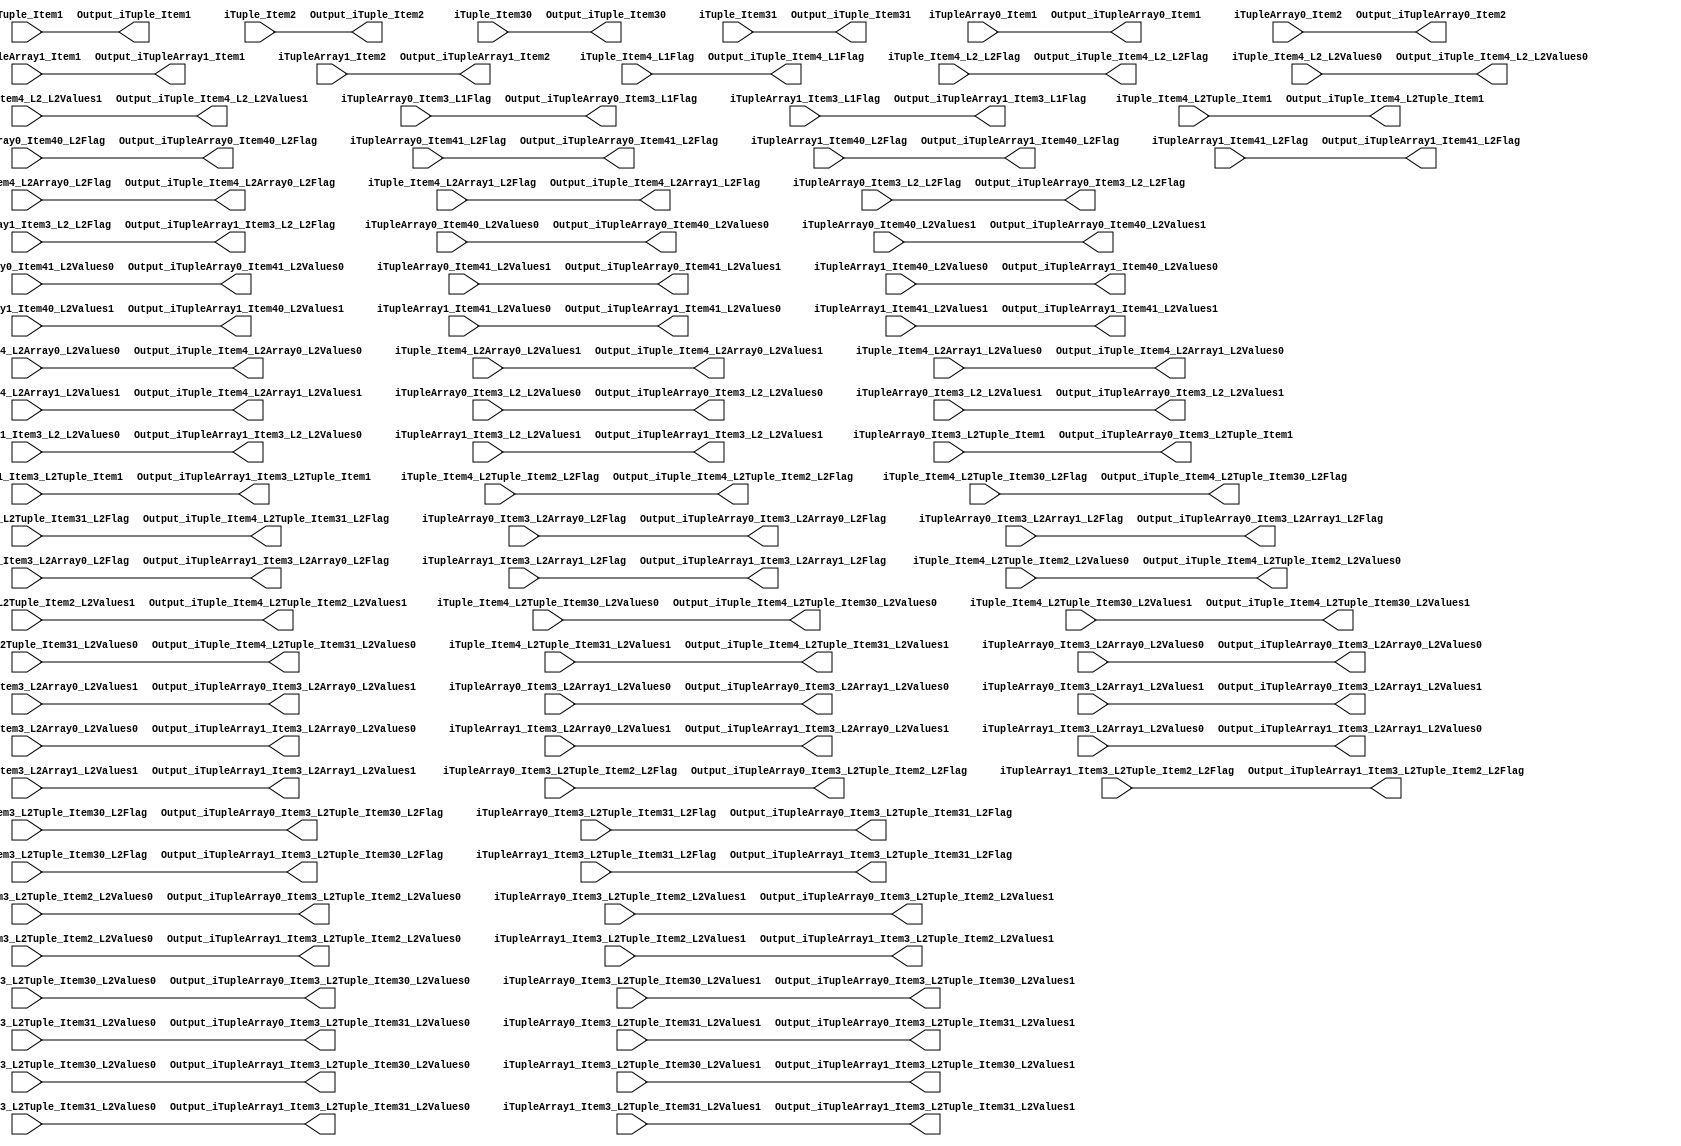
`timescale 1ns/1ps
`default_nettype none
// PLEASE READ THIS, IT MAY SAVE YOU SOME TIME AND MONEY, THANK YOU!
// * This file was generated by Quokka FPGA Toolkit.
// * Generated code is your property, do whatever you want with it
// * Place custom code between [BEGIN USER ***] and [END USER ***].
// * CAUTION: All code outside of [USER] scope is subject to regeneration.
// * Bad things happen sometimes in developer's life,
//   it is recommended to use source control management software (e.g. git, bzr etc) to keep your custom code safe'n'sound.
// * Internal structure of code is subject to change.
//   You can use some of signals in custom code, but most likely they will not exist in future (e.g. will get shorter or gone completely)
// * Please send your feedback, comments, improvement ideas etc. to evmuryshkin@gmail.com
// * Visit https://github.com/EvgenyMuryshkin/QuokkaEvaluation to access latest version of playground
//
// DISCLAIMER:
//   Code comes AS-IS, it is your responsibility to make sure it is working as expected
//   no responsibility will be taken for any loss or damage caused by use of Quokka toolkit.
//
// System configuration name is IOTupleDirectInputComponentsOutputModule_TopLevel, clock frequency is 1Hz, Top-level
// FSM summary
// -- Packages
module IOTupleDirectInputComponentsOutputModule_TopLevel
(
	// [BEGIN USER PORTS]
	// [END USER PORTS]
	input wire iTuple_Item1,
	input wire [7:0] iTuple_Item2,
	input wire [3:0] iTuple_Item30,
	input wire [3:0] iTuple_Item31,
	input wire iTuple_Item4_L1Flag,
	input wire iTuple_Item4_L2_L2Flag,
	input wire iTuple_Item4_L2_L2Values0,
	input wire iTuple_Item4_L2_L2Values1,
	input wire iTuple_Item4_L2Array0_L2Flag,
	input wire [2:0] iTuple_Item4_L2Array0_L2Values0,
	input wire [2:0] iTuple_Item4_L2Array0_L2Values1,
	input wire iTuple_Item4_L2Array1_L2Flag,
	input wire [2:0] iTuple_Item4_L2Array1_L2Values0,
	input wire [2:0] iTuple_Item4_L2Array1_L2Values1,
	input wire [7:0] iTuple_Item4_L2Tuple_Item1,
	input wire iTuple_Item4_L2Tuple_Item2_L2Flag,
	input wire iTuple_Item4_L2Tuple_Item2_L2Values0,
	input wire iTuple_Item4_L2Tuple_Item2_L2Values1,
	input wire iTuple_Item4_L2Tuple_Item30_L2Flag,
	input wire [2:0] iTuple_Item4_L2Tuple_Item30_L2Values0,
	input wire [2:0] iTuple_Item4_L2Tuple_Item30_L2Values1,
	input wire iTuple_Item4_L2Tuple_Item31_L2Flag,
	input wire [2:0] iTuple_Item4_L2Tuple_Item31_L2Values0,
	input wire [2:0] iTuple_Item4_L2Tuple_Item31_L2Values1,
	input wire iTupleArray0_Item1,
	input wire [3:0] iTupleArray0_Item2,
	input wire iTupleArray0_Item3_L1Flag,
	input wire iTupleArray0_Item3_L2_L2Flag,
	input wire iTupleArray0_Item3_L2_L2Values0,
	input wire iTupleArray0_Item3_L2_L2Values1,
	input wire iTupleArray0_Item3_L2Array0_L2Flag,
	input wire [2:0] iTupleArray0_Item3_L2Array0_L2Values0,
	input wire [2:0] iTupleArray0_Item3_L2Array0_L2Values1,
	input wire iTupleArray0_Item3_L2Array1_L2Flag,
	input wire [2:0] iTupleArray0_Item3_L2Array1_L2Values0,
	input wire [2:0] iTupleArray0_Item3_L2Array1_L2Values1,
	input wire [7:0] iTupleArray0_Item3_L2Tuple_Item1,
	input wire iTupleArray0_Item3_L2Tuple_Item2_L2Flag,
	input wire iTupleArray0_Item3_L2Tuple_Item2_L2Values0,
	input wire iTupleArray0_Item3_L2Tuple_Item2_L2Values1,
	input wire iTupleArray0_Item3_L2Tuple_Item30_L2Flag,
	input wire [2:0] iTupleArray0_Item3_L2Tuple_Item30_L2Values0,
	input wire [2:0] iTupleArray0_Item3_L2Tuple_Item30_L2Values1,
	input wire iTupleArray0_Item3_L2Tuple_Item31_L2Flag,
	input wire [2:0] iTupleArray0_Item3_L2Tuple_Item31_L2Values0,
	input wire [2:0] iTupleArray0_Item3_L2Tuple_Item31_L2Values1,
	input wire iTupleArray0_Item40_L2Flag,
	input wire iTupleArray0_Item40_L2Values0,
	input wire iTupleArray0_Item40_L2Values1,
	input wire iTupleArray0_Item41_L2Flag,
	input wire iTupleArray0_Item41_L2Values0,
	input wire iTupleArray0_Item41_L2Values1,
	input wire iTupleArray1_Item1,
	input wire [3:0] iTupleArray1_Item2,
	input wire iTupleArray1_Item3_L1Flag,
	input wire iTupleArray1_Item3_L2_L2Flag,
	input wire iTupleArray1_Item3_L2_L2Values0,
	input wire iTupleArray1_Item3_L2_L2Values1,
	input wire iTupleArray1_Item3_L2Array0_L2Flag,
	input wire [2:0] iTupleArray1_Item3_L2Array0_L2Values0,
	input wire [2:0] iTupleArray1_Item3_L2Array0_L2Values1,
	input wire iTupleArray1_Item3_L2Array1_L2Flag,
	input wire [2:0] iTupleArray1_Item3_L2Array1_L2Values0,
	input wire [2:0] iTupleArray1_Item3_L2Array1_L2Values1,
	input wire [7:0] iTupleArray1_Item3_L2Tuple_Item1,
	input wire iTupleArray1_Item3_L2Tuple_Item2_L2Flag,
	input wire iTupleArray1_Item3_L2Tuple_Item2_L2Values0,
	input wire iTupleArray1_Item3_L2Tuple_Item2_L2Values1,
	input wire iTupleArray1_Item3_L2Tuple_Item30_L2Flag,
	input wire [2:0] iTupleArray1_Item3_L2Tuple_Item30_L2Values0,
	input wire [2:0] iTupleArray1_Item3_L2Tuple_Item30_L2Values1,
	input wire iTupleArray1_Item3_L2Tuple_Item31_L2Flag,
	input wire [2:0] iTupleArray1_Item3_L2Tuple_Item31_L2Values0,
	input wire [2:0] iTupleArray1_Item3_L2Tuple_Item31_L2Values1,
	input wire iTupleArray1_Item40_L2Flag,
	input wire iTupleArray1_Item40_L2Values0,
	input wire iTupleArray1_Item40_L2Values1,
	input wire iTupleArray1_Item41_L2Flag,
	input wire iTupleArray1_Item41_L2Values0,
	input wire iTupleArray1_Item41_L2Values1,
	output wire Output_iTuple_Item1,
	output wire [7:0] Output_iTuple_Item2,
	output wire [3:0] Output_iTuple_Item30,
	output wire [3:0] Output_iTuple_Item31,
	output wire Output_iTuple_Item4_L1Flag,
	output wire Output_iTuple_Item4_L2_L2Flag,
	output wire Output_iTuple_Item4_L2_L2Values0,
	output wire Output_iTuple_Item4_L2_L2Values1,
	output wire Output_iTuple_Item4_L2Array0_L2Flag,
	output wire [2:0] Output_iTuple_Item4_L2Array0_L2Values0,
	output wire [2:0] Output_iTuple_Item4_L2Array0_L2Values1,
	output wire Output_iTuple_Item4_L2Array1_L2Flag,
	output wire [2:0] Output_iTuple_Item4_L2Array1_L2Values0,
	output wire [2:0] Output_iTuple_Item4_L2Array1_L2Values1,
	output wire [7:0] Output_iTuple_Item4_L2Tuple_Item1,
	output wire Output_iTuple_Item4_L2Tuple_Item2_L2Flag,
	output wire Output_iTuple_Item4_L2Tuple_Item2_L2Values0,
	output wire Output_iTuple_Item4_L2Tuple_Item2_L2Values1,
	output wire Output_iTuple_Item4_L2Tuple_Item30_L2Flag,
	output wire [2:0] Output_iTuple_Item4_L2Tuple_Item30_L2Values0,
	output wire [2:0] Output_iTuple_Item4_L2Tuple_Item30_L2Values1,
	output wire Output_iTuple_Item4_L2Tuple_Item31_L2Flag,
	output wire [2:0] Output_iTuple_Item4_L2Tuple_Item31_L2Values0,
	output wire [2:0] Output_iTuple_Item4_L2Tuple_Item31_L2Values1,
	output wire Output_iTupleArray0_Item1,
	output wire [3:0] Output_iTupleArray0_Item2,
	output wire Output_iTupleArray0_Item3_L1Flag,
	output wire Output_iTupleArray0_Item3_L2_L2Flag,
	output wire Output_iTupleArray0_Item3_L2_L2Values0,
	output wire Output_iTupleArray0_Item3_L2_L2Values1,
	output wire Output_iTupleArray0_Item3_L2Array0_L2Flag,
	output wire [2:0] Output_iTupleArray0_Item3_L2Array0_L2Values0,
	output wire [2:0] Output_iTupleArray0_Item3_L2Array0_L2Values1,
	output wire Output_iTupleArray0_Item3_L2Array1_L2Flag,
	output wire [2:0] Output_iTupleArray0_Item3_L2Array1_L2Values0,
	output wire [2:0] Output_iTupleArray0_Item3_L2Array1_L2Values1,
	output wire [7:0] Output_iTupleArray0_Item3_L2Tuple_Item1,
	output wire Output_iTupleArray0_Item3_L2Tuple_Item2_L2Flag,
	output wire Output_iTupleArray0_Item3_L2Tuple_Item2_L2Values0,
	output wire Output_iTupleArray0_Item3_L2Tuple_Item2_L2Values1,
	output wire Output_iTupleArray0_Item3_L2Tuple_Item30_L2Flag,
	output wire [2:0] Output_iTupleArray0_Item3_L2Tuple_Item30_L2Values0,
	output wire [2:0] Output_iTupleArray0_Item3_L2Tuple_Item30_L2Values1,
	output wire Output_iTupleArray0_Item3_L2Tuple_Item31_L2Flag,
	output wire [2:0] Output_iTupleArray0_Item3_L2Tuple_Item31_L2Values0,
	output wire [2:0] Output_iTupleArray0_Item3_L2Tuple_Item31_L2Values1,
	output wire Output_iTupleArray0_Item40_L2Flag,
	output wire Output_iTupleArray0_Item40_L2Values0,
	output wire Output_iTupleArray0_Item40_L2Values1,
	output wire Output_iTupleArray0_Item41_L2Flag,
	output wire Output_iTupleArray0_Item41_L2Values0,
	output wire Output_iTupleArray0_Item41_L2Values1,
	output wire Output_iTupleArray1_Item1,
	output wire [3:0] Output_iTupleArray1_Item2,
	output wire Output_iTupleArray1_Item3_L1Flag,
	output wire Output_iTupleArray1_Item3_L2_L2Flag,
	output wire Output_iTupleArray1_Item3_L2_L2Values0,
	output wire Output_iTupleArray1_Item3_L2_L2Values1,
	output wire Output_iTupleArray1_Item3_L2Array0_L2Flag,
	output wire [2:0] Output_iTupleArray1_Item3_L2Array0_L2Values0,
	output wire [2:0] Output_iTupleArray1_Item3_L2Array0_L2Values1,
	output wire Output_iTupleArray1_Item3_L2Array1_L2Flag,
	output wire [2:0] Output_iTupleArray1_Item3_L2Array1_L2Values0,
	output wire [2:0] Output_iTupleArray1_Item3_L2Array1_L2Values1,
	output wire [7:0] Output_iTupleArray1_Item3_L2Tuple_Item1,
	output wire Output_iTupleArray1_Item3_L2Tuple_Item2_L2Flag,
	output wire Output_iTupleArray1_Item3_L2Tuple_Item2_L2Values0,
	output wire Output_iTupleArray1_Item3_L2Tuple_Item2_L2Values1,
	output wire Output_iTupleArray1_Item3_L2Tuple_Item30_L2Flag,
	output wire [2:0] Output_iTupleArray1_Item3_L2Tuple_Item30_L2Values0,
	output wire [2:0] Output_iTupleArray1_Item3_L2Tuple_Item30_L2Values1,
	output wire Output_iTupleArray1_Item3_L2Tuple_Item31_L2Flag,
	output wire [2:0] Output_iTupleArray1_Item3_L2Tuple_Item31_L2Values0,
	output wire [2:0] Output_iTupleArray1_Item3_L2Tuple_Item31_L2Values1,
	output wire Output_iTupleArray1_Item40_L2Flag,
	output wire Output_iTupleArray1_Item40_L2Values0,
	output wire Output_iTupleArray1_Item40_L2Values1,
	output wire Output_iTupleArray1_Item41_L2Flag,
	output wire Output_iTupleArray1_Item41_L2Values0,
	output wire Output_iTupleArray1_Item41_L2Values1
);
	// [BEGIN USER SIGNALS]
	// [END USER SIGNALS]
	localparam HiSignal = 1'b1;
	localparam LoSignal = 1'b0;
	wire Zero = 1'b0;
	wire One = 1'b1;
	wire true = 1'b1;
	wire false = 1'b0;
	wire Inputs_iTuple_Item1;
	wire [7: 0] Inputs_iTuple_Item2;
	wire Inputs_iTuple_Item4_L1Flag;
	wire Inputs_iTuple_Item4_L2_L2Flag;
	wire [7: 0] Inputs_iTuple_Item4_L2Tuple_Item1;
	wire Inputs_iTuple_Item4_L2Tuple_Item2_L2Flag;
	wire [59: 0] IOTupleDirectInputComponentsOutputModule_L9F30T43_Tuple;
	wire [3 : 0] Inputs_iTuple_Item3 [0 : 1];
	wire Inputs_iTuple_Item4_L2_L2Values [0 : 1];
	wire [6 : 0] Inputs_iTuple_Item4_L2Array [0 : 1];
	wire Inputs_iTuple_Item4_L2Tuple_Item2_L2Values [0 : 1];
	wire [6 : 0] Inputs_iTuple_Item4_L2Tuple_Item3 [0 : 1];
	wire [53 : 0] Inputs_iTupleArray [0 : 1];
	assign Inputs_iTuple_Item1 = iTuple_Item1;
	assign Inputs_iTuple_Item2 = iTuple_Item2;
	assign Inputs_iTuple_Item3[0] = iTuple_Item30;
	assign Inputs_iTuple_Item3[1] = iTuple_Item31;
	assign Inputs_iTuple_Item4_L1Flag = iTuple_Item4_L1Flag;
	assign Inputs_iTuple_Item4_L2_L2Flag = iTuple_Item4_L2_L2Flag;
	assign Inputs_iTuple_Item4_L2_L2Values[0] = iTuple_Item4_L2_L2Values0;
	assign Inputs_iTuple_Item4_L2_L2Values[1] = iTuple_Item4_L2_L2Values1;
	assign Inputs_iTuple_Item4_L2Array[0][6:4] = iTuple_Item4_L2Array0_L2Values1;
	assign Inputs_iTuple_Item4_L2Array[0][3:1] = iTuple_Item4_L2Array0_L2Values0;
	assign Inputs_iTuple_Item4_L2Array[0][0] = iTuple_Item4_L2Array0_L2Flag;
	assign Inputs_iTuple_Item4_L2Array[1][6:4] = iTuple_Item4_L2Array1_L2Values1;
	assign Inputs_iTuple_Item4_L2Array[1][3:1] = iTuple_Item4_L2Array1_L2Values0;
	assign Inputs_iTuple_Item4_L2Array[1][0] = iTuple_Item4_L2Array1_L2Flag;
	assign Inputs_iTuple_Item4_L2Tuple_Item1 = iTuple_Item4_L2Tuple_Item1;
	assign Inputs_iTuple_Item4_L2Tuple_Item2_L2Flag = iTuple_Item4_L2Tuple_Item2_L2Flag;
	assign Inputs_iTuple_Item4_L2Tuple_Item2_L2Values[0] = iTuple_Item4_L2Tuple_Item2_L2Values0;
	assign Inputs_iTuple_Item4_L2Tuple_Item2_L2Values[1] = iTuple_Item4_L2Tuple_Item2_L2Values1;
	assign Inputs_iTuple_Item4_L2Tuple_Item3[0][6:4] = iTuple_Item4_L2Tuple_Item30_L2Values1;
	assign Inputs_iTuple_Item4_L2Tuple_Item3[0][3:1] = iTuple_Item4_L2Tuple_Item30_L2Values0;
	assign Inputs_iTuple_Item4_L2Tuple_Item3[0][0] = iTuple_Item4_L2Tuple_Item30_L2Flag;
	assign Inputs_iTuple_Item4_L2Tuple_Item3[1][6:4] = iTuple_Item4_L2Tuple_Item31_L2Values1;
	assign Inputs_iTuple_Item4_L2Tuple_Item3[1][3:1] = iTuple_Item4_L2Tuple_Item31_L2Values0;
	assign Inputs_iTuple_Item4_L2Tuple_Item3[1][0] = iTuple_Item4_L2Tuple_Item31_L2Flag;
	assign Inputs_iTupleArray[0][53] = iTupleArray0_Item1;
	assign Inputs_iTupleArray[0][52:49] = iTupleArray0_Item2;
	assign Inputs_iTupleArray[0][48:41] = iTupleArray0_Item3_L2Tuple_Item1;
	assign Inputs_iTupleArray[0][40] = iTupleArray0_Item3_L2Tuple_Item2_L2Values1;
	assign Inputs_iTupleArray[0][39] = iTupleArray0_Item3_L2Tuple_Item2_L2Values0;
	assign Inputs_iTupleArray[0][38] = iTupleArray0_Item3_L2Tuple_Item2_L2Flag;
	assign Inputs_iTupleArray[0][37:35] = iTupleArray0_Item3_L2Tuple_Item31_L2Values1;
	assign Inputs_iTupleArray[0][34:32] = iTupleArray0_Item3_L2Tuple_Item31_L2Values0;
	assign Inputs_iTupleArray[0][31] = iTupleArray0_Item3_L2Tuple_Item31_L2Flag;
	assign Inputs_iTupleArray[0][30:28] = iTupleArray0_Item3_L2Tuple_Item30_L2Values1;
	assign Inputs_iTupleArray[0][27:25] = iTupleArray0_Item3_L2Tuple_Item30_L2Values0;
	assign Inputs_iTupleArray[0][24] = iTupleArray0_Item3_L2Tuple_Item30_L2Flag;
	assign Inputs_iTupleArray[0][23:21] = iTupleArray0_Item3_L2Array1_L2Values1;
	assign Inputs_iTupleArray[0][20:18] = iTupleArray0_Item3_L2Array1_L2Values0;
	assign Inputs_iTupleArray[0][17] = iTupleArray0_Item3_L2Array1_L2Flag;
	assign Inputs_iTupleArray[0][16:14] = iTupleArray0_Item3_L2Array0_L2Values1;
	assign Inputs_iTupleArray[0][13:11] = iTupleArray0_Item3_L2Array0_L2Values0;
	assign Inputs_iTupleArray[0][10] = iTupleArray0_Item3_L2Array0_L2Flag;
	assign Inputs_iTupleArray[0][9] = iTupleArray0_Item3_L2_L2Values1;
	assign Inputs_iTupleArray[0][8] = iTupleArray0_Item3_L2_L2Values0;
	assign Inputs_iTupleArray[0][7] = iTupleArray0_Item3_L2_L2Flag;
	assign Inputs_iTupleArray[0][6] = iTupleArray0_Item3_L1Flag;
	assign Inputs_iTupleArray[0][5] = iTupleArray0_Item41_L2Values1;
	assign Inputs_iTupleArray[0][4] = iTupleArray0_Item41_L2Values0;
	assign Inputs_iTupleArray[0][3] = iTupleArray0_Item41_L2Flag;
	assign Inputs_iTupleArray[0][2] = iTupleArray0_Item40_L2Values1;
	assign Inputs_iTupleArray[0][1] = iTupleArray0_Item40_L2Values0;
	assign Inputs_iTupleArray[0][0] = iTupleArray0_Item40_L2Flag;
	assign Inputs_iTupleArray[1][53] = iTupleArray1_Item1;
	assign Inputs_iTupleArray[1][52:49] = iTupleArray1_Item2;
	assign Inputs_iTupleArray[1][48:41] = iTupleArray1_Item3_L2Tuple_Item1;
	assign Inputs_iTupleArray[1][40] = iTupleArray1_Item3_L2Tuple_Item2_L2Values1;
	assign Inputs_iTupleArray[1][39] = iTupleArray1_Item3_L2Tuple_Item2_L2Values0;
	assign Inputs_iTupleArray[1][38] = iTupleArray1_Item3_L2Tuple_Item2_L2Flag;
	assign Inputs_iTupleArray[1][37:35] = iTupleArray1_Item3_L2Tuple_Item31_L2Values1;
	assign Inputs_iTupleArray[1][34:32] = iTupleArray1_Item3_L2Tuple_Item31_L2Values0;
	assign Inputs_iTupleArray[1][31] = iTupleArray1_Item3_L2Tuple_Item31_L2Flag;
	assign Inputs_iTupleArray[1][30:28] = iTupleArray1_Item3_L2Tuple_Item30_L2Values1;
	assign Inputs_iTupleArray[1][27:25] = iTupleArray1_Item3_L2Tuple_Item30_L2Values0;
	assign Inputs_iTupleArray[1][24] = iTupleArray1_Item3_L2Tuple_Item30_L2Flag;
	assign Inputs_iTupleArray[1][23:21] = iTupleArray1_Item3_L2Array1_L2Values1;
	assign Inputs_iTupleArray[1][20:18] = iTupleArray1_Item3_L2Array1_L2Values0;
	assign Inputs_iTupleArray[1][17] = iTupleArray1_Item3_L2Array1_L2Flag;
	assign Inputs_iTupleArray[1][16:14] = iTupleArray1_Item3_L2Array0_L2Values1;
	assign Inputs_iTupleArray[1][13:11] = iTupleArray1_Item3_L2Array0_L2Values0;
	assign Inputs_iTupleArray[1][10] = iTupleArray1_Item3_L2Array0_L2Flag;
	assign Inputs_iTupleArray[1][9] = iTupleArray1_Item3_L2_L2Values1;
	assign Inputs_iTupleArray[1][8] = iTupleArray1_Item3_L2_L2Values0;
	assign Inputs_iTupleArray[1][7] = iTupleArray1_Item3_L2_L2Flag;
	assign Inputs_iTupleArray[1][6] = iTupleArray1_Item3_L1Flag;
	assign Inputs_iTupleArray[1][5] = iTupleArray1_Item41_L2Values1;
	assign Inputs_iTupleArray[1][4] = iTupleArray1_Item41_L2Values0;
	assign Inputs_iTupleArray[1][3] = iTupleArray1_Item41_L2Flag;
	assign Inputs_iTupleArray[1][2] = iTupleArray1_Item40_L2Values1;
	assign Inputs_iTupleArray[1][1] = iTupleArray1_Item40_L2Values0;
	assign Inputs_iTupleArray[1][0] = iTupleArray1_Item40_L2Flag;
	assign IOTupleDirectInputComponentsOutputModule_L9F30T43_Tuple = {
		Inputs_iTuple_Item1,
		Inputs_iTuple_Item2,
		Inputs_iTuple_Item3[1],
		Inputs_iTuple_Item3[0],
		Inputs_iTuple_Item4_L2Tuple_Item1,
		Inputs_iTuple_Item4_L2Tuple_Item2_L2Values[1],
		Inputs_iTuple_Item4_L2Tuple_Item2_L2Values[0],
		Inputs_iTuple_Item4_L2Tuple_Item2_L2Flag,
		Inputs_iTuple_Item4_L2Tuple_Item3[1],
		Inputs_iTuple_Item4_L2Tuple_Item3[0],
		Inputs_iTuple_Item4_L2Array[1],
		Inputs_iTuple_Item4_L2Array[0],
		Inputs_iTuple_Item4_L2_L2Values[1],
		Inputs_iTuple_Item4_L2_L2Values[0],
		Inputs_iTuple_Item4_L2_L2Flag,
		Inputs_iTuple_Item4_L1Flag
	}
	;
	assign Output_iTuple_Item1 = IOTupleDirectInputComponentsOutputModule_L9F30T43_Tuple[59];
	assign Output_iTuple_Item2 = IOTupleDirectInputComponentsOutputModule_L9F30T43_Tuple[58:51];
	assign Output_iTuple_Item31 = IOTupleDirectInputComponentsOutputModule_L9F30T43_Tuple[50:47];
	assign Output_iTuple_Item30 = IOTupleDirectInputComponentsOutputModule_L9F30T43_Tuple[46:43];
	assign Output_iTuple_Item4_L2Tuple_Item1 = IOTupleDirectInputComponentsOutputModule_L9F30T43_Tuple[42:35];
	assign Output_iTuple_Item4_L2Tuple_Item2_L2Values1 = IOTupleDirectInputComponentsOutputModule_L9F30T43_Tuple[34];
	assign Output_iTuple_Item4_L2Tuple_Item2_L2Values0 = IOTupleDirectInputComponentsOutputModule_L9F30T43_Tuple[33];
	assign Output_iTuple_Item4_L2Tuple_Item2_L2Flag = IOTupleDirectInputComponentsOutputModule_L9F30T43_Tuple[32];
	assign Output_iTuple_Item4_L2Tuple_Item31_L2Values1 = IOTupleDirectInputComponentsOutputModule_L9F30T43_Tuple[31:29];
	assign Output_iTuple_Item4_L2Tuple_Item31_L2Values0 = IOTupleDirectInputComponentsOutputModule_L9F30T43_Tuple[28:26];
	assign Output_iTuple_Item4_L2Tuple_Item31_L2Flag = IOTupleDirectInputComponentsOutputModule_L9F30T43_Tuple[25];
	assign Output_iTuple_Item4_L2Tuple_Item30_L2Values1 = IOTupleDirectInputComponentsOutputModule_L9F30T43_Tuple[24:22];
	assign Output_iTuple_Item4_L2Tuple_Item30_L2Values0 = IOTupleDirectInputComponentsOutputModule_L9F30T43_Tuple[21:19];
	assign Output_iTuple_Item4_L2Tuple_Item30_L2Flag = IOTupleDirectInputComponentsOutputModule_L9F30T43_Tuple[18];
	assign Output_iTuple_Item4_L2Array1_L2Values1 = IOTupleDirectInputComponentsOutputModule_L9F30T43_Tuple[17:15];
	assign Output_iTuple_Item4_L2Array1_L2Values0 = IOTupleDirectInputComponentsOutputModule_L9F30T43_Tuple[14:12];
	assign Output_iTuple_Item4_L2Array1_L2Flag = IOTupleDirectInputComponentsOutputModule_L9F30T43_Tuple[11];
	assign Output_iTuple_Item4_L2Array0_L2Values1 = IOTupleDirectInputComponentsOutputModule_L9F30T43_Tuple[10:8];
	assign Output_iTuple_Item4_L2Array0_L2Values0 = IOTupleDirectInputComponentsOutputModule_L9F30T43_Tuple[7:5];
	assign Output_iTuple_Item4_L2Array0_L2Flag = IOTupleDirectInputComponentsOutputModule_L9F30T43_Tuple[4];
	assign Output_iTuple_Item4_L2_L2Values1 = IOTupleDirectInputComponentsOutputModule_L9F30T43_Tuple[3];
	assign Output_iTuple_Item4_L2_L2Values0 = IOTupleDirectInputComponentsOutputModule_L9F30T43_Tuple[2];
	assign Output_iTuple_Item4_L2_L2Flag = IOTupleDirectInputComponentsOutputModule_L9F30T43_Tuple[1];
	assign Output_iTuple_Item4_L1Flag = IOTupleDirectInputComponentsOutputModule_L9F30T43_Tuple[0];
	assign Output_iTupleArray0_Item1 = Inputs_iTupleArray[0][53];
	assign Output_iTupleArray0_Item2 = Inputs_iTupleArray[0][52:49];
	assign Output_iTupleArray0_Item3_L2Tuple_Item1 = Inputs_iTupleArray[0][48:41];
	assign Output_iTupleArray0_Item3_L2Tuple_Item2_L2Values1 = Inputs_iTupleArray[0][40];
	assign Output_iTupleArray0_Item3_L2Tuple_Item2_L2Values0 = Inputs_iTupleArray[0][39];
	assign Output_iTupleArray0_Item3_L2Tuple_Item2_L2Flag = Inputs_iTupleArray[0][38];
	assign Output_iTupleArray0_Item3_L2Tuple_Item31_L2Values1 = Inputs_iTupleArray[0][37:35];
	assign Output_iTupleArray0_Item3_L2Tuple_Item31_L2Values0 = Inputs_iTupleArray[0][34:32];
	assign Output_iTupleArray0_Item3_L2Tuple_Item31_L2Flag = Inputs_iTupleArray[0][31];
	assign Output_iTupleArray0_Item3_L2Tuple_Item30_L2Values1 = Inputs_iTupleArray[0][30:28];
	assign Output_iTupleArray0_Item3_L2Tuple_Item30_L2Values0 = Inputs_iTupleArray[0][27:25];
	assign Output_iTupleArray0_Item3_L2Tuple_Item30_L2Flag = Inputs_iTupleArray[0][24];
	assign Output_iTupleArray0_Item3_L2Array1_L2Values1 = Inputs_iTupleArray[0][23:21];
	assign Output_iTupleArray0_Item3_L2Array1_L2Values0 = Inputs_iTupleArray[0][20:18];
	assign Output_iTupleArray0_Item3_L2Array1_L2Flag = Inputs_iTupleArray[0][17];
	assign Output_iTupleArray0_Item3_L2Array0_L2Values1 = Inputs_iTupleArray[0][16:14];
	assign Output_iTupleArray0_Item3_L2Array0_L2Values0 = Inputs_iTupleArray[0][13:11];
	assign Output_iTupleArray0_Item3_L2Array0_L2Flag = Inputs_iTupleArray[0][10];
	assign Output_iTupleArray0_Item3_L2_L2Values1 = Inputs_iTupleArray[0][9];
	assign Output_iTupleArray0_Item3_L2_L2Values0 = Inputs_iTupleArray[0][8];
	assign Output_iTupleArray0_Item3_L2_L2Flag = Inputs_iTupleArray[0][7];
	assign Output_iTupleArray0_Item3_L1Flag = Inputs_iTupleArray[0][6];
	assign Output_iTupleArray0_Item41_L2Values1 = Inputs_iTupleArray[0][5];
	assign Output_iTupleArray0_Item41_L2Values0 = Inputs_iTupleArray[0][4];
	assign Output_iTupleArray0_Item41_L2Flag = Inputs_iTupleArray[0][3];
	assign Output_iTupleArray0_Item40_L2Values1 = Inputs_iTupleArray[0][2];
	assign Output_iTupleArray0_Item40_L2Values0 = Inputs_iTupleArray[0][1];
	assign Output_iTupleArray0_Item40_L2Flag = Inputs_iTupleArray[0][0];
	assign Output_iTupleArray1_Item1 = Inputs_iTupleArray[1][53];
	assign Output_iTupleArray1_Item2 = Inputs_iTupleArray[1][52:49];
	assign Output_iTupleArray1_Item3_L2Tuple_Item1 = Inputs_iTupleArray[1][48:41];
	assign Output_iTupleArray1_Item3_L2Tuple_Item2_L2Values1 = Inputs_iTupleArray[1][40];
	assign Output_iTupleArray1_Item3_L2Tuple_Item2_L2Values0 = Inputs_iTupleArray[1][39];
	assign Output_iTupleArray1_Item3_L2Tuple_Item2_L2Flag = Inputs_iTupleArray[1][38];
	assign Output_iTupleArray1_Item3_L2Tuple_Item31_L2Values1 = Inputs_iTupleArray[1][37:35];
	assign Output_iTupleArray1_Item3_L2Tuple_Item31_L2Values0 = Inputs_iTupleArray[1][34:32];
	assign Output_iTupleArray1_Item3_L2Tuple_Item31_L2Flag = Inputs_iTupleArray[1][31];
	assign Output_iTupleArray1_Item3_L2Tuple_Item30_L2Values1 = Inputs_iTupleArray[1][30:28];
	assign Output_iTupleArray1_Item3_L2Tuple_Item30_L2Values0 = Inputs_iTupleArray[1][27:25];
	assign Output_iTupleArray1_Item3_L2Tuple_Item30_L2Flag = Inputs_iTupleArray[1][24];
	assign Output_iTupleArray1_Item3_L2Array1_L2Values1 = Inputs_iTupleArray[1][23:21];
	assign Output_iTupleArray1_Item3_L2Array1_L2Values0 = Inputs_iTupleArray[1][20:18];
	assign Output_iTupleArray1_Item3_L2Array1_L2Flag = Inputs_iTupleArray[1][17];
	assign Output_iTupleArray1_Item3_L2Array0_L2Values1 = Inputs_iTupleArray[1][16:14];
	assign Output_iTupleArray1_Item3_L2Array0_L2Values0 = Inputs_iTupleArray[1][13:11];
	assign Output_iTupleArray1_Item3_L2Array0_L2Flag = Inputs_iTupleArray[1][10];
	assign Output_iTupleArray1_Item3_L2_L2Values1 = Inputs_iTupleArray[1][9];
	assign Output_iTupleArray1_Item3_L2_L2Values0 = Inputs_iTupleArray[1][8];
	assign Output_iTupleArray1_Item3_L2_L2Flag = Inputs_iTupleArray[1][7];
	assign Output_iTupleArray1_Item3_L1Flag = Inputs_iTupleArray[1][6];
	assign Output_iTupleArray1_Item41_L2Values1 = Inputs_iTupleArray[1][5];
	assign Output_iTupleArray1_Item41_L2Values0 = Inputs_iTupleArray[1][4];
	assign Output_iTupleArray1_Item41_L2Flag = Inputs_iTupleArray[1][3];
	assign Output_iTupleArray1_Item40_L2Values1 = Inputs_iTupleArray[1][2];
	assign Output_iTupleArray1_Item40_L2Values0 = Inputs_iTupleArray[1][1];
	assign Output_iTupleArray1_Item40_L2Flag = Inputs_iTupleArray[1][0];
	// [BEGIN USER ARCHITECTURE]
	// [END USER ARCHITECTURE]
endmodule